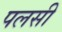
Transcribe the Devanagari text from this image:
पलसी